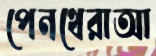
পেনথেরাআ